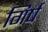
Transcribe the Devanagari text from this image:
गिर्ष